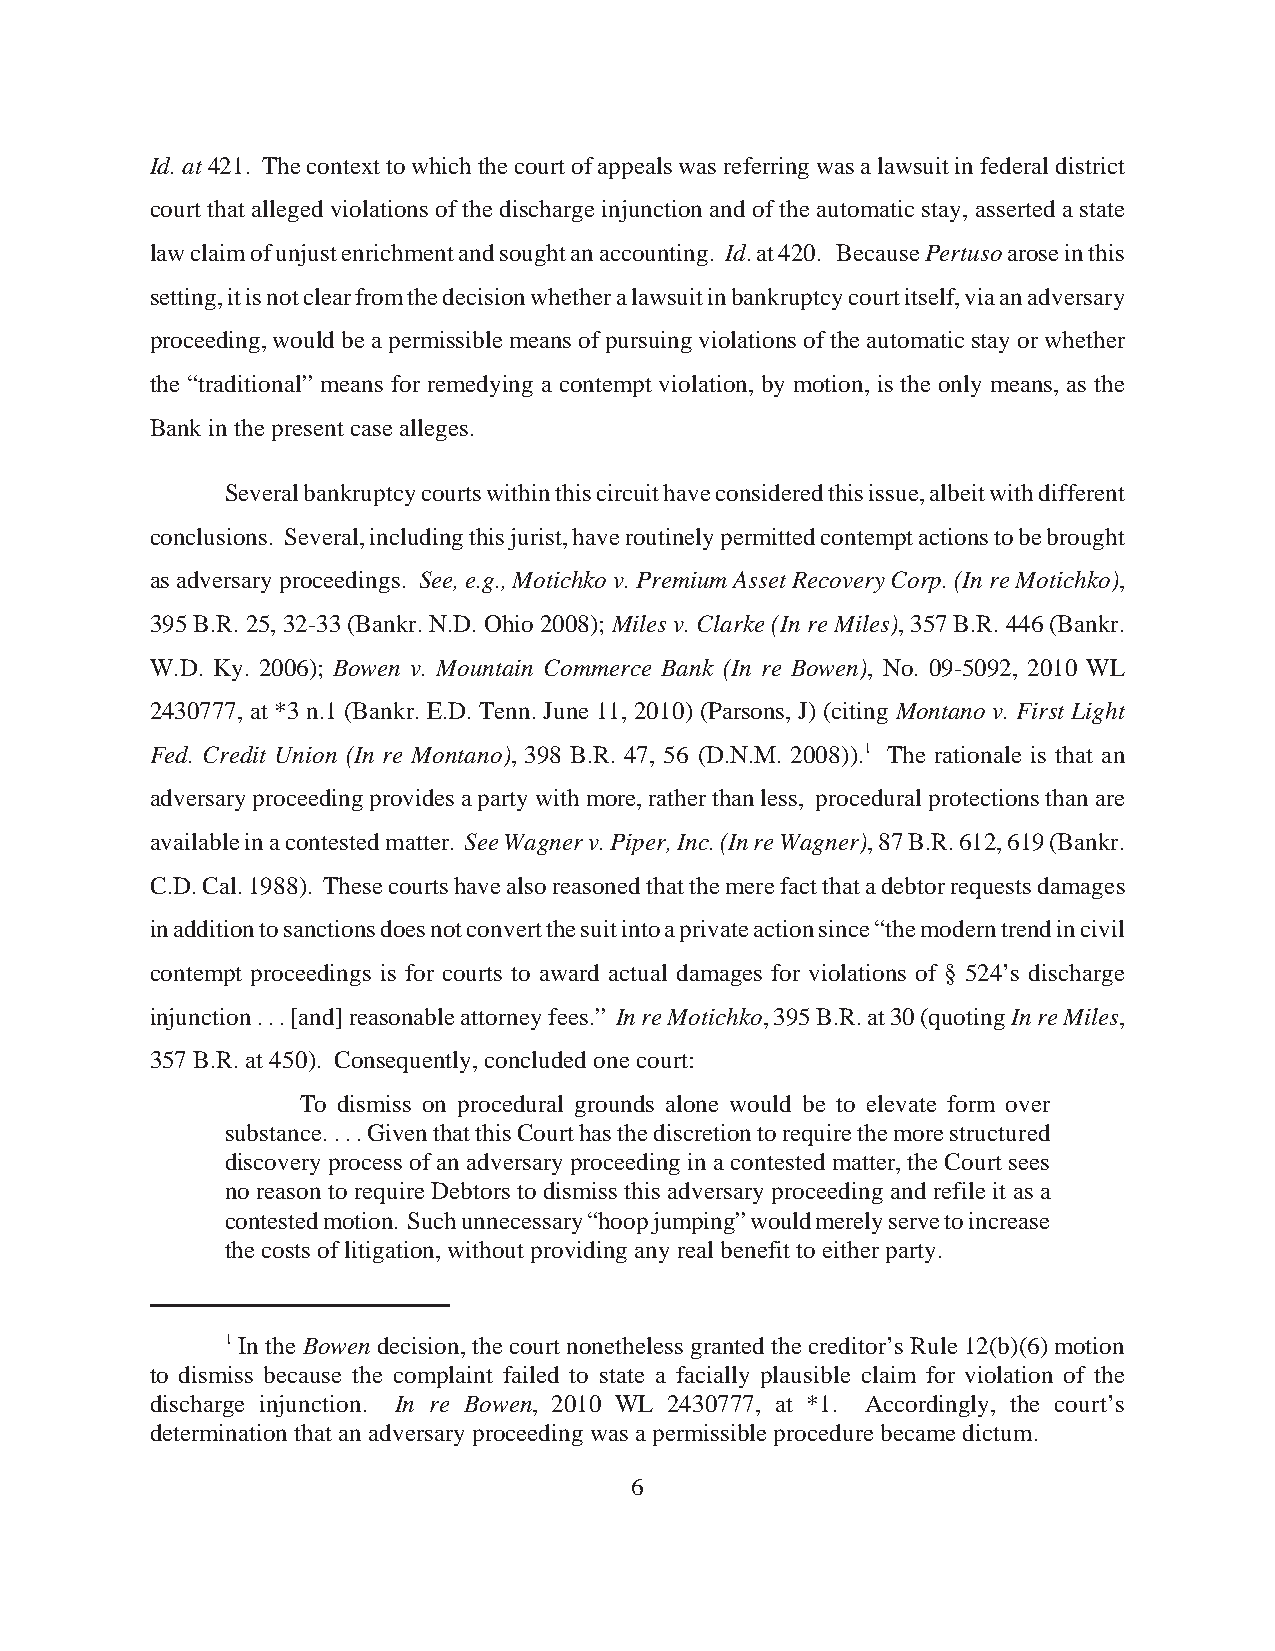
Id. at 421. The context to which the court of appeals was referring was a lawsuit in federal district
 court that alleged violations of the discharge injunction and of the automatic stay, asserted a state
 law claim of unjust enrichment and sought an accounting. Id. at 420. Because Pertuso arose in this
 setting, it is not clear from the decision whether a lawsuit in bankruptcy court itself, via an adversary
 proceeding, would be a permissible means of pursuing violations of the automatic stay or whether
 the “traditional” means for remedying a contempt violation, by motion, is the only means, as the
 Bank in the present case alleges.
 Several bankruptcy courts within this circuit have considered this issue, albeit with different
 conclusions. Several, including this jurist, have routinely permitted contempt actions to be brought
 as adversary proceedings. See, e.g., Motichko v. Premium Asset Recovery Corp. (In re Motichko),
 395 B.R. 25, 32-33 (Bankr. N.D. Ohio 2008); Miles v. Clarke (In re Miles), 357 B.R. 446 (Bankr.
 W.D. Ky. 2006); Bowen v. Mountain Commerce Bank (In re Bowen), No. 09-5092, 2010 WL
 2430777, at *3 n.1 (Bankr. E.D. Tenn. June 11, 2010) (Parsons, J) (citing Montano v. First Light
 Fed. Credit Union (In re Montano), 398 B.R. 47, 56 (D.N.M. 2008)).1 The rationale is that an
 adversary proceeding provides a party with more, rather than less, procedural protections than are
 available in a contested matter. See Wagner v. Piper, Inc. (In re Wagner), 87 B.R. 612, 619 (Bankr.
 C.D. Cal. 1988). These courts have also reasoned that the mere fact that a debtor requests damages
 in addition to sanctions does not convert the suit into a private action since “the modern trend in civil
 contempt proceedings is for courts to award actual damages for violations of § 524’s discharge
 injunction . . . [and] reasonable attorney fees.” In re Motichko, 395 B.R. at 30 (quoting In re Miles,
 357 B.R. at 450). Consequently, concluded one court:
 To dismiss on procedural grounds alone would be to elevate form over
 substance. . . . Given that this Court has the discretion to require the more structured
 discovery process of an adversary proceeding in a contested matter, the Court sees
 no reason to require Debtors to dismiss this adversary proceeding and refile it as a
 contested motion. Such unnecessary “hoop jumping” would merely serve to increase
 the costs of litigation, without providing any real benefit to either party.
 1 In the Bowendecision, the court nonetheless granted the creditor’s Rule 12(b)(6) motion
 to dismiss because the complaint failed to state a facially plausible claim for violation of the
 discharge injunction. In re Bowen, 2010 WL 2430777, at *1. Accordingly, the court’s
 determination that an adversary proceeding was a permissible procedure became dictum.
 6